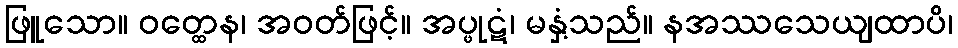
ဖြူသော။ ဝတ္ထေန၊ အဝတ်ဖြင့်။ အပ္ဖုဋံ၊ မနှံ့သည်။ နအဿသေယျထာပိ၊